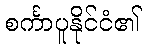
စင်္ကာပူနိုင်ငံ၏